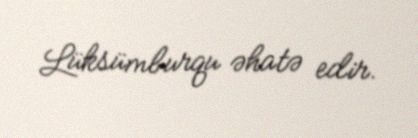
Lüksümburqu əhatə edir.